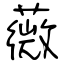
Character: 薇